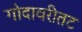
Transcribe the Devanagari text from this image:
गोदावरीतट